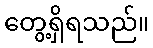
တွေ့ရှိရသည်။